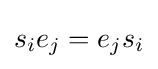
s_{i}e_{j}=e_{j}s_{i}